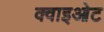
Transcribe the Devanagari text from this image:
क्वाइओट